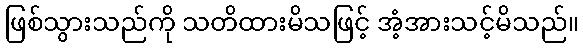
ဖြစ်သွားသည်ကို သတိထားမိသဖြင့် အံ့အားသင့်မိသည်။